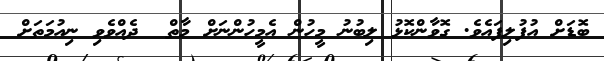
ބޮޑަށް އުފުލިފައެވެ. ގޮވާންކޮޅު ލިބުނު މީހުން އެމީހުންނަށް މާތް  ދެއްވެވި ނިއުމަތަށް